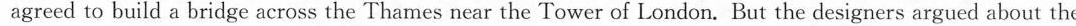
agreed to build a bridge across the Thames near the Tower of London. But the designers argued about the